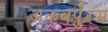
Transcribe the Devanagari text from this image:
अकबर्पुरम